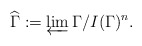
\begin{align*}\widehat{\Gamma}:=\varprojlim \Gamma/I(\Gamma)^n.\end{align*}